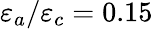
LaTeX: \varepsilon_{a}/\varepsilon_{c}=0.15